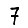
Digit: 7